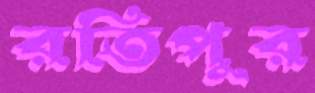
রতিপুর